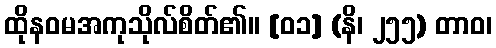
ထိုနဝမအကုသိုလ်စိတ်၏။ [၀၁] (နိ၊ ၂၅၅) တာဝ၊